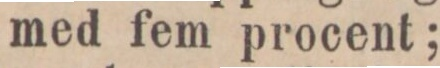
med fem procent;